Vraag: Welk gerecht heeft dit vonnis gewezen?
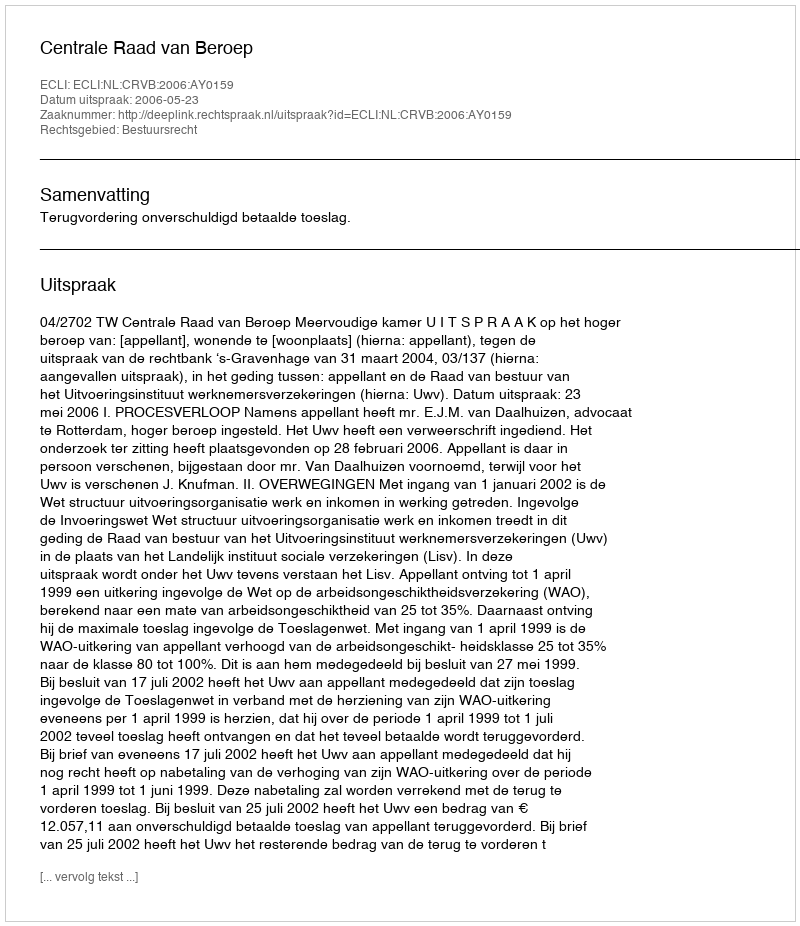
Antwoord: Centrale Raad van Beroep